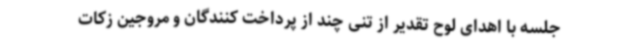
جلسه با اهدای لوح تقدیر از تنی چند از پرداخت کنندگان و مروجین زکات